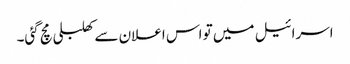
اسرائیل میں تو اس اعلان سے کھلبلی مچ گئی۔